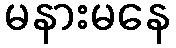
မနားမနေ